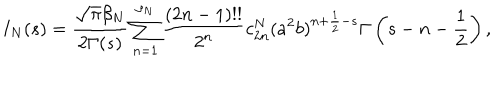
I _ { N } ( s ) = { \frac { \sqrt \pi \beta _ { N } } { 2 \Gamma ( s ) } } \sum _ { n = 1 } ^ { \rho _ { N } } { \frac { ( 2 n - 1 ) ! ! } { 2 ^ { n } } } c _ { 2 n } ^ { N } ( a ^ { 2 } b ) ^ { n + \frac 1 2 - s } \Gamma \left( s - n - \frac 1 2 \right) ,